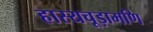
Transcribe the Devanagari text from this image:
हास्यचूड़ामणि